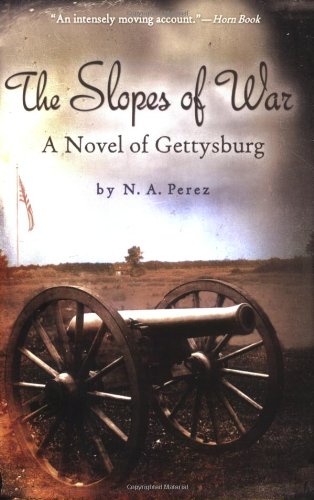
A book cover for The Slopes of War; Norah Perez; Teen & Young Adult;